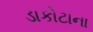
ડાકોટાના